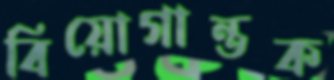
বিয়োগান্তক